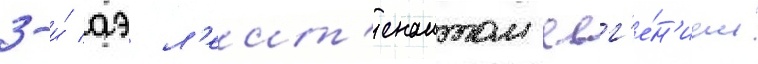
3-и́ аэ л'еит'енантом евг'е́н'ием